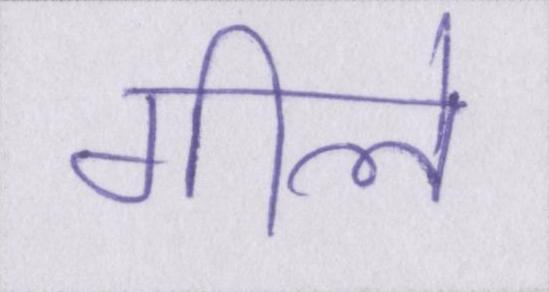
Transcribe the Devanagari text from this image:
गीले